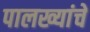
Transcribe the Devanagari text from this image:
पालख्यांचे